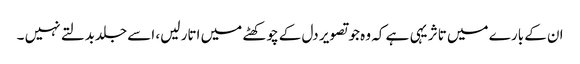
ان کے بارے میں تاثر یہی ہے کہ وہ جو تصویر دل کے چوکھٹے میں اتار لیں، اسے جلدبدلتے نہیں ۔